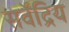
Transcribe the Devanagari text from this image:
सर्वेंद्रिय